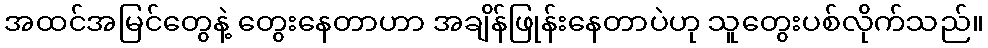
အထင်အမြင်တွေနဲ့ တွေးနေတာဟာ အချိန်ဖြုန်းနေတာပဲဟု သူတွေးပစ်လိုက်သည်။